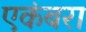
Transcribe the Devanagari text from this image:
एकंबरा